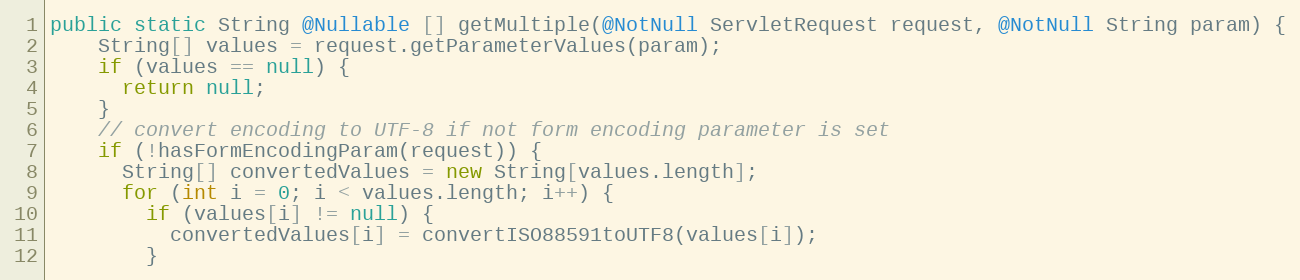
Language: Java
public static String @Nullable [] getMultiple(@NotNull ServletRequest request, @NotNull String param) {
    String[] values = request.getParameterValues(param);
    if (values == null) {
      return null;
    }
    // convert encoding to UTF-8 if not form encoding parameter is set
    if (!hasFormEncodingParam(request)) {
      String[] convertedValues = new String[values.length];
      for (int i = 0; i < values.length; i++) {
        if (values[i] != null) {
          convertedValues[i] = convertISO88591toUTF8(values[i]);
        }